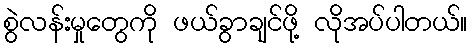
စွဲလန်းမှုတွေကို ဖယ်ခွာချင်ဖို့ လိုအပ်ပါတယ်။